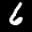
Label: 6